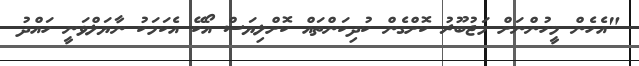
"އެހެން މީހުންނަށް މަޖުބޫރު ކޮށްގެން ކުދިކަންތައް ކޮށްލިޔަސް އޯކޭ އެކަމަކު ނާޔަލްވަނީ ހައްދު